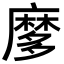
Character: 𪎠